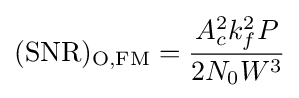
\mathrm {(SNR)_{O,FM}} ={\frac {A_{c}^{2}k_{f}^{2}P}{2N_{0}W^{3}}}